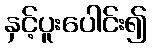
နှင့်ပူးပေါင်း၍